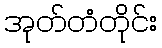
အုတ်တံတိုင်း